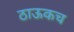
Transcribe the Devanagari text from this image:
ठाऊकच